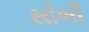
સોબી